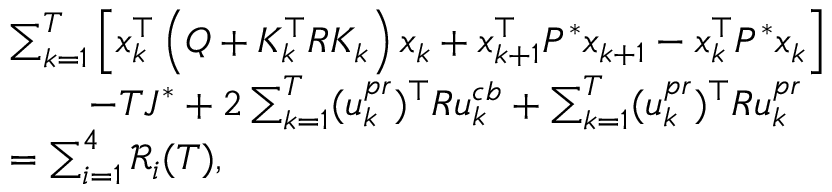
\begin{array} { r l } & { \sum _ { k = 1 } ^ { T } \left[ x _ { k } ^ { \top } \left( Q + K _ { k } ^ { \top } R K _ { k } \right) x _ { k } + x _ { k + 1 } ^ { \top } P ^ { * } x _ { k + 1 } - x _ { k } ^ { \top } P ^ { * } x _ { k } \right] } \\ & { \qquad - T J ^ { * } + 2 \sum _ { k = 1 } ^ { T } ( u _ { k } ^ { p r } ) ^ { \top } R u _ { k } ^ { c b } + \sum _ { k = 1 } ^ { T } ( u _ { k } ^ { p r } ) ^ { \top } R u _ { k } ^ { p r } } \\ & { = \sum _ { i = 1 } ^ { 4 } \mathcal { R } _ { i } ( T ) , } \end{array}